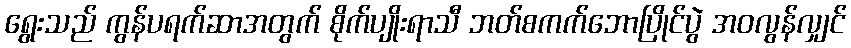
ရွေးသည် ကွန်ပရက်ဆာအတွက် စိုက်ပျိုးရာသီ ဘတ်စကက်ဘောပြိုင်ပွဲ အဝလွန်လျှင်